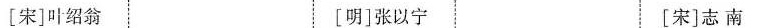
[宋]叶绍翁 [明]张以宁 [宋]志 南